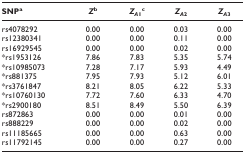
| SNPa | Zb | ZA1c | ZA2 | ZA3 |
 | --- | --- | --- | --- | --- |
 | rs4078292 | 0.00 | 0.00 | 0.03 | 0.00 |
 | rs12380341 | 0.00 | 0.00 | 0.11 | 0.00 |
 | rs16929545 | 0.00 | 0.00 | 0.02 | 0.00 |
 | *rs1953126 | 7.86 | 7.83 | 5.35 | 5.74 |
 | *rs10985073 | 7.28 | 7.17 | 5.93 | 4.49 |
 | *rs881375 | 7.95 | 7.93 | 5.12 | 6.01 |
 | *rs3761847 | 8.21 | 8.05 | 6.22 | 5.33 |
 | *rs10760130 | 7.72 | 7.60 | 6.33 | 4.70 |
 | *rs2900180 | 8.51 | 8.49 | 5.50 | 6.39 |
 | rs872863 | 0.00 | 0.00 | 0.01 | 0.00 |
 | rs888229 | 0.00 | 0.00 | 0.02 | 0.00 |
 | rs11185665 | 0.00 | 0.00 | 0.63 | 0.00 |
 | rs11792145 | 0.00 | 0.00 | 0.27 | 0.00 |